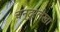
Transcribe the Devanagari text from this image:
चन्द्रलेखा